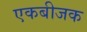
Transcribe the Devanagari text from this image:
एकबीजक